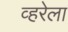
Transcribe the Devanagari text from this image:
व्हरेला